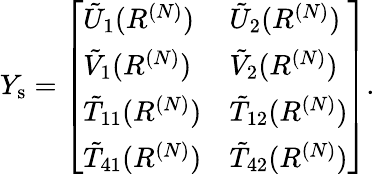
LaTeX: \begin{array}{r}{Y_{\mathrm{s}}=\left[\begin{array}{ll}{\tilde{U}_{1}(R^{(N)})}&{\tilde{U}_{2}(R^{(N)})}\\ {\tilde{V}_{1}(R^{(N)})}&{\tilde{V}_{2}(R^{(N)})}\\ {\tilde{T}_{11}(R^{(N)})}&{\tilde{T}_{12}(R^{(N)})}\\ {\tilde{T}_{41}(R^{(N)})}&{\tilde{T}_{42}(R^{(N)})}\end{array}\right].}\end{array}